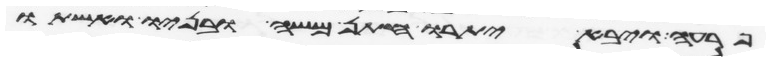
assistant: פרעה ויבא יתרו חתן משה ובניו ואשתו